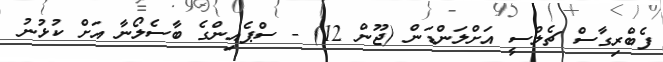
ފެބްރިގާސް ޗެލްސީ އަށްލަންޑަން (ޖޫން 12) - ސްޕެއިންގެ ބާސެލޯނާ އަށް ކުޅުނު